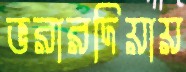
ভরারদিয়ায়